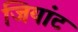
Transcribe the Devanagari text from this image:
जियांट